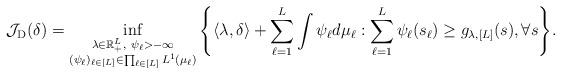
LaTeX: \begin{align*}\mathcal{J}_{\mathrm{D}}(\delta) & = \inf_{\substack{ \lambda \in \mathbb{R}_{+}^L, \ \psi_\ell > - \infty \\ (\psi_\ell)_{\ell \in [L]} \in \prod_{\ell \in [L]} L^1(\mu_\ell) } } \Bigg\{ \langle \lambda, \delta \rangle + \sum_{\ell=1}^L \int \psi_\ell d \mu_\ell : \sum_{\ell=1}^L \psi_\ell(s_\ell) \ge g_{\lambda, [L]}(s), \forall s \Bigg \}.\end{align*}